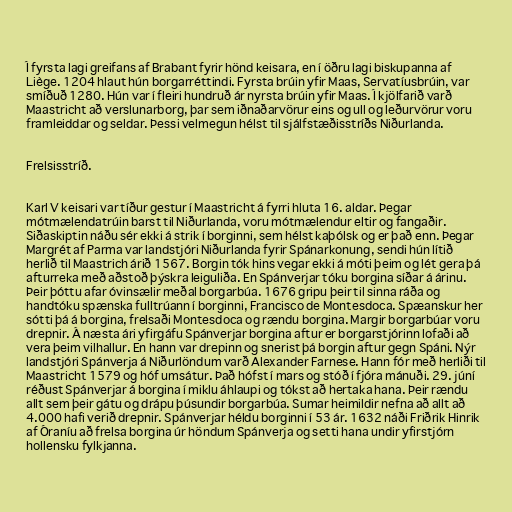
Í fyrsta lagi greifans af Brabant fyrir hönd keisara, en í öðru lagi biskupanna af
Liège. 1204 hlaut hún borgarréttindi. Fyrsta brúin yfir Maas, Servatíusbrúin, var
smíðuð 1280. Hún var í fleiri hundruð ár nyrsta brúin yfir Maas. Í kjölfarið varð
Maastricht að verslunarborg, þar sem iðnaðarvörur eins og ull og leðurvörur voru
framleiddar og seldar. Þessi velmegun hélst til sjálfstæðisstríðs Niðurlanda.

Frelsisstríð.

Karl V keisari var tíður gestur í Maastricht á fyrri hluta 16. aldar. Þegar
mótmælendatrúin barst til Niðurlanda, voru mótmælendur eltir og fangaðir.
Siðaskiptin náðu sér ekki á strik í borginni, sem hélst kaþólsk og er það enn. Þegar
Margrét af Parma var landstjóri Niðurlanda fyrir Spánarkonung, sendi hún lítið
herlið til Maastrich árið 1567. Borgin tók hins vegar ekki á móti þeim og lét gera þá
afturreka með aðstoð þýskra leiguliða. En Spánverjar tóku borgina síðar á árinu.
Þeir þóttu afar óvinsælir meðal borgarbúa. 1676 gripu þeir til sinna ráða og
handtóku spænska fulltrúann í borginni, Francisco de Montesdoca. Spæanskur her
sótti þá á borgina, frelsaði Montesdoca og rændu borgina. Margir borgarbúar voru
drepnir. Á næsta ári yfirgáfu Spánverjar borgina aftur er borgarstjórinn lofaði að
vera þeim vilhallur. En hann var drepinn og snerist þá borgin aftur gegn Spáni. Nýr
landstjóri Spánverja á Niðurlöndum varð Alexander Farnese. Hann fór með herliði til
Maastricht 1579 og hóf umsátur. Það hófst í mars og stóð í fjóra mánuði. 29. júní
réðust Spánverjar á borgina í miklu áhlaupi og tókst að hertaka hana. Þeir rændu
allt sem þeir gátu og drápu þúsundir borgarbúa. Sumar heimildir nefna að allt að
4.000 hafi verið drepnir. Spánverjar héldu borginni í 53 ár. 1632 náði Friðrik Hinrik
af Óraníu að frelsa borgina úr höndum Spánverja og setti hana undir yfirstjórn
hollensku fylkjanna.